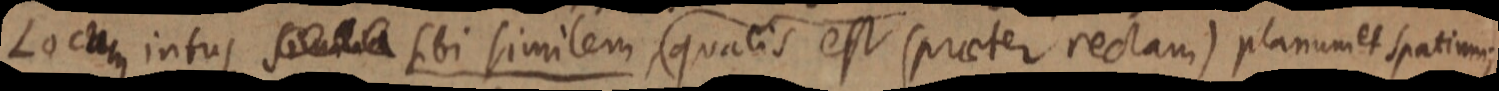
Locum intus similia sibi similem, qualis est (praeter rectam) planum et spatium;